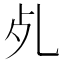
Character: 𣦷